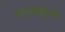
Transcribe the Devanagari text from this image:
गटाकडूनच